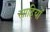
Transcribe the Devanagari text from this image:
साहियों